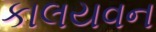
કાલયવન